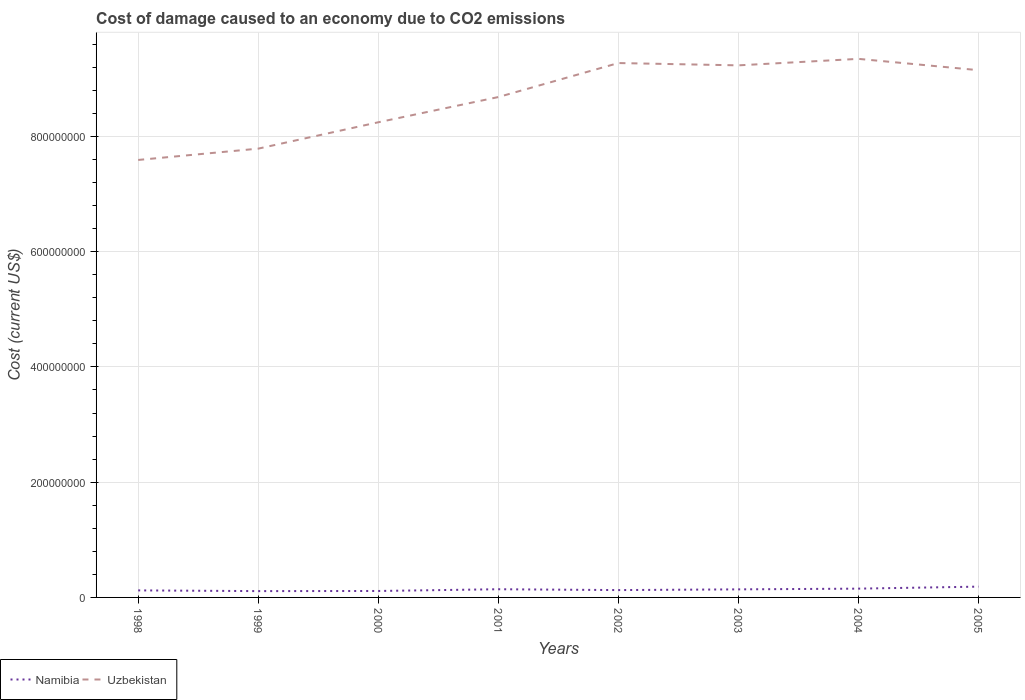
| Years | Namibia | Uzbekistan |
 | --- | --- | --- |
 | 1998 | 1.22e+07 | 7.59e+08 |
 | 1999 | 1.1e+07 | 7.79e+08 |
 | 2000 | 1.12e+07 | 8.25e+08 |
 | 2001 | 1.42e+07 | 8.68e+08 |
 | 2002 | 1.27e+07 | 9.27e+08 |
 | 2003 | 1.4e+07 | 9.23e+08 |
 | 2004 | 1.52e+07 | 9.35e+08 |
 | 2005 | 1.87e+07 | 9.15e+08 |